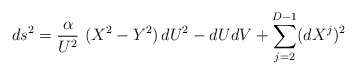
\begin{align*}ds^2 = \frac{\alpha}{U^2}~ (X^2 - Y^2)\, dU^2 - dUdV + \sum_{j=2}^{D-1}(dX^j)^2 \end{align*}